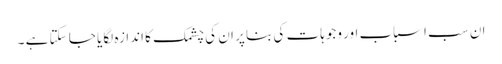
ان سب اسباب اور وجوہات کی بنا پر ان کی چشمک کا اندازہ لگایا جا سکتا ہے ۔